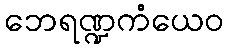
ဘေရဏ္ဍကံယေဝ